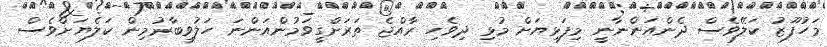
މަހުފޫޒު ކަލޭވެސް ދެންއަންނާނީ މިފަޅިޔަށް މުޅި ދިވެހި ރާއްޖެ ތަރަށްގީވަމުންއަންނަ ހަލުވިބާރުމިން ކަލެޔަށްވެސް